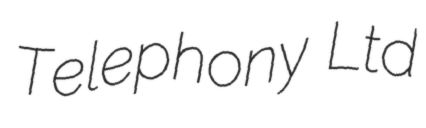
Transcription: Telephony Ltd